Statistical return of the lunatic asylum in Assam - 1912-1932
Year: 1912
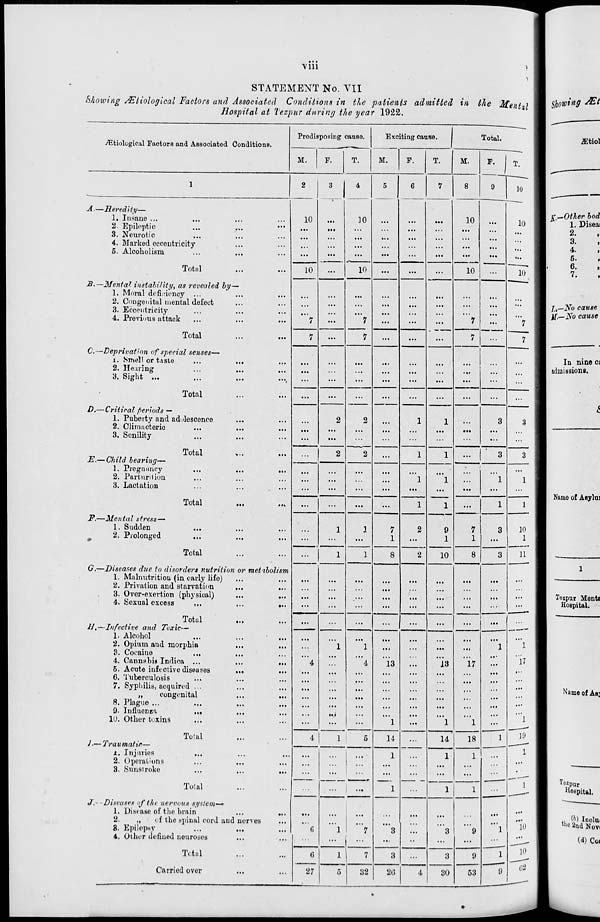
Vlll
STATEMENT No. VII
Showing rfLtiological Factors and Associated Conditions in the patients admitted in the Mental
Hospital at Tezpur daring the year 1922.
/^Etiological Factors and Associated Conditions
Predisposing c ause.
T.
Exciting cause.
Total.
M.
F.
M.
F.
T.
M.
F.
T.
10
1
2
3 1 4 5 6 7 8 9
A.—Heredity—
1. Insane ...
2. Epileptic
3. Neurotic
4. Marked eccentricity
5. Alcoholism
r »v
holism
•••
10
...
30
...
...
10
10
Total
10
10
...
...
10
10
B.—Mental instability, as revealed by—
1. Moral deficiency ...
2. Congenital mental defect
3. Eccentricity
4. Previous attack
"'7
...
"'7
7
...
...
"7
...
"V
Total
7
...
...
...
7
7
C'<—Deprivation of special senses—
x. Smell or taste
2. Hearing
3. Sight ...
...
...
...
...
...
...
...
...
...
...
...
Total
...
...
2
~2
—
...
...
...
...
...
D.—Critical periods —
1. Puberty and adolescence
2. Climacteric
3. Senility
...
2
1
1
...
3
3
Total
J?.— Child hearing—
1. Pregnancy
2. Parturition
3. Lactation
2
...
1
1
...
3
3
...
...
...
1
"l
...
"l
1
Total
...
...
...
...
1
1
...
1
1
F.—Mental stress—
1. Sudden
m
2. Prolonged
...
1
1
7
1
2
9
1
7
1
3
10
1
Total
...
1
1
8
2
10
8
3
11
G.—Diseases due to disorders nutrition or met-i
1. Malnutrition (in early life)
2. Privation and starvation
...
3. Over-exertion (physical)
4. Sexual excess
...
...
...
...
...
...
...
...
...
...
Total
H,—Infective and Toxic—
1. Alcohol
2. Opium and morphia
3. Cocaine
4. Cannabia Indica ...
6. Acute infective diseases
...
6. Tuberculosis
7. Sypliilis, acquired ...
„
congenital
8. Plague ...
9. Influenza
...
10. Other toxins
...
...
...
...
...
...
...
...
...
"4
1
"l
"4
1 ...
13
1
...
"is
"1
"l7
"l
"l
'"l
"l7
""l
Total
4
1
5
14
14
18
1
19
1. Injuries
2. Operations
3. Sunsiroke
...
... 1
! :::
1
1
1
1
Total
...
...
...
1
1
1
"l
1
J.- Diseases of the nervotis system-*
1. Disease of the brain
2.
„
of the .spinal cord and nerves
3. Epilepsy
...
...
4. Other defiued neuroses
' 6
" 1
'"7
t •■•
"3
...
3
"9
•••
10
Total
(5
1 !
7
8
...
3
9
1
9
10
Carried over
27
5
32
86
4
30
53
0:'
Namo of Aeylui